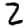
Digit: 2